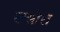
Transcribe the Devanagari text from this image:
लसोरा